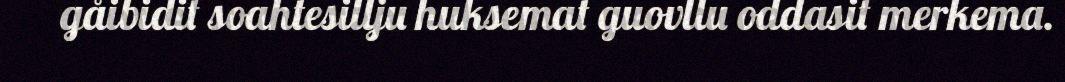
gåibidit soahtesillju huksemat guovllu oddasit merkema.